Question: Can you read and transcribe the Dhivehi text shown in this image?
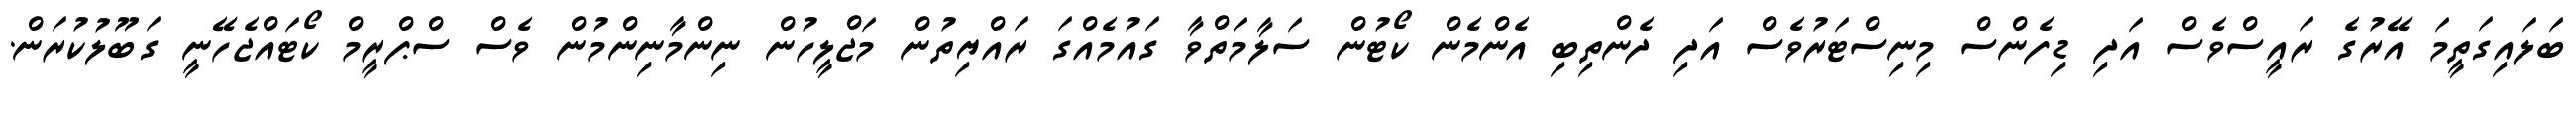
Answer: ބަލައިގަތީމަ އޭރުގެ ރައީސްވެސް އަދި ޑިފެންސް މިނިސްޓަރުވެސް އަދި ދެންތިބި އެންމެން ކޯޓުން ސަލާމަތްވާ ގައުމެއްގަ ރައްޔިތުން މަޖްލީހުން ނިންމާނިންމުން ވެސް ސްޕްރީމް ކޯޓައްޖެހޭނީ ގަބޫލުކުރަން.